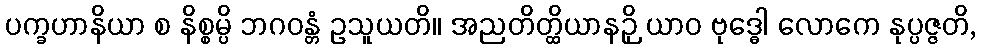
ပက္ခဟာနိယာ စ နိစ္စမ္ပိ ဘဂဝန္တံ ဥသူယတိ။ အညတိတ္ထိယာနဉှိ ယာဝ ဗုဒ္ဓေါ လောကေ နုပ္ပဇ္ဇတိ,